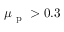
\mu _ { \mathrm { ~ p ~ } } > 0 . 3